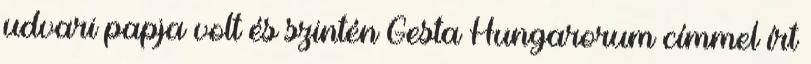
udvari papja volt és szintén Gesta Hungarorum címmel írt